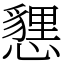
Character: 㦟